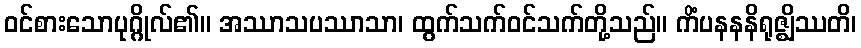
ဝင်စားသောပုဂ္ဂိုလ်၏။ အဿာသပဿာသာ၊ ထွက်သက်ဝင်သက်တို့သည်။ ကိံပနနနိရုဇ္ဈိဿတိ၊